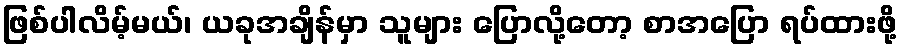
ဖြစ်ပါလိမ့်မယ်၊ ယခုအချိန်မှာ သူများ ပြောလို့တော့ စာအပြော ရပ်ထားဖို့